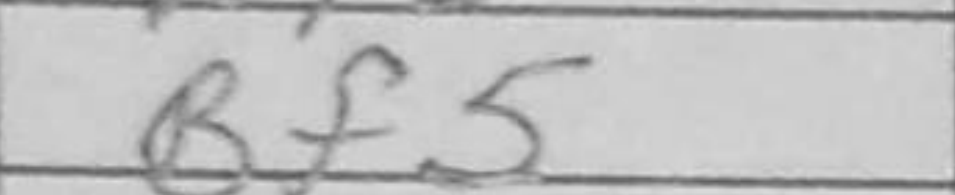
Transcription: Bf5